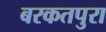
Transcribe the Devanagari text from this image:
बरकतपुरा